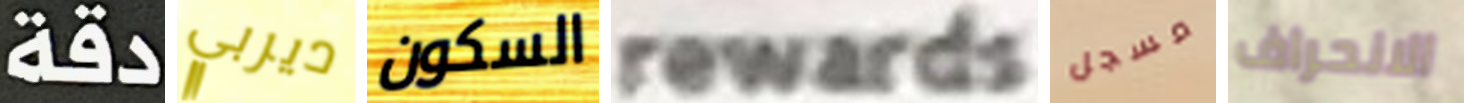
دقة ديربي السكون rewards مسجل الانحراف